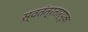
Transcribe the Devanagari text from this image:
स्वतंत्रतार्पूक